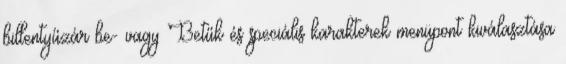
billentyűzár be- vagy Betűk és speciális karakterek menüpont kiválasztása